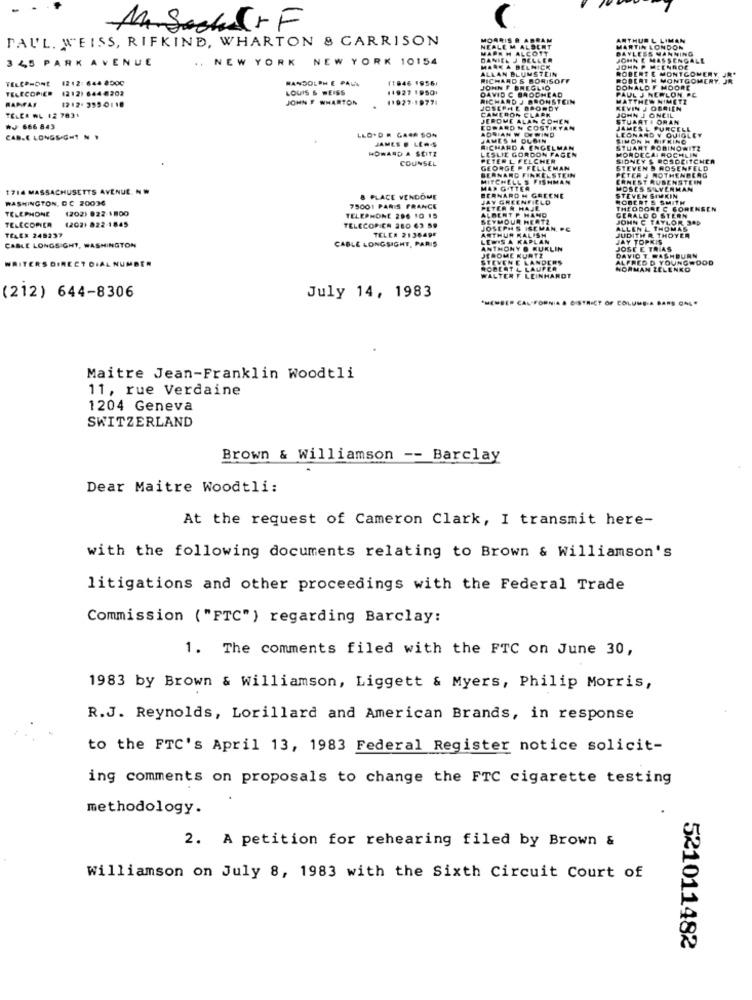
M. SocheFF
PAUL. WEISS, RIFKIND, WHARTON & GARRISON
3 45 PARK AVENUE
.. NEW YORK NEW YORK 10154
TELEPHONE
1212: 644 8000
RANDOLPH E PALL
11946 1956
RISOFF
TELECOPIER
1212) 644 8202
LOUIS 6 WEISS
11927 19501
RAPFAS
1212. 3950110
JOHN F WHARTON
11927-19771
TELCA WL 12 7831
#J 666 843
CAB.E LONGSIGHT NY
LLO*DA GAGA SON
JAMES . LEAS
HOWARD A SEITZ
COUNSEL
1714 MASSACHUSETTS AVENUE. NW
ENE
WASHINGTON, DC 20036
& PLACE VENDOME
TELEPHONE
(202) 822 1800
75001 PARIS FRANCE
(202) 822-1845
TELEPHONE 200 10 15
TELECOMER
TELECORICA 280 63 59
TELE# 248237
CABLE LONGSIGHT, PARIS
TELER 2138495
CABLE LONGSIGHT, WASHINGTON
WRITERS DIRECT DIAL NUMBER
RDT
(212) 644-8306
July 14, 1983
-
FRIET OF COLUMBIA
Maitre Jean-Franklin Woodtli
11, rue Verdaine
1204 Geneva
SWITZERLAND
Brown & Williamson -- Barclay
Dear Maitre Woodtli:
At the request of Cameron Clark, I transmit here-
with the following documents relating to Brown & Williamson's
litigations and other proceedings with the Federal Trade
Commission ("FTC") regarding Barclay:
1. The comments filed with the FTC on June 30,
1983 by Brown & Williamson, Liggett & Myers, Philip Morris,
R.J. Reynolds, Lorillard and American Brands, in response
to the FTC's April 13, 1983 Federal Register notice solicit-
ing comments on proposals to change the FTC cigarette testing
methodology.
2. A petition for rehearing filed by Brown &
Williamson on July 8, 1983 with the Sixth Circuit Court of
521011482